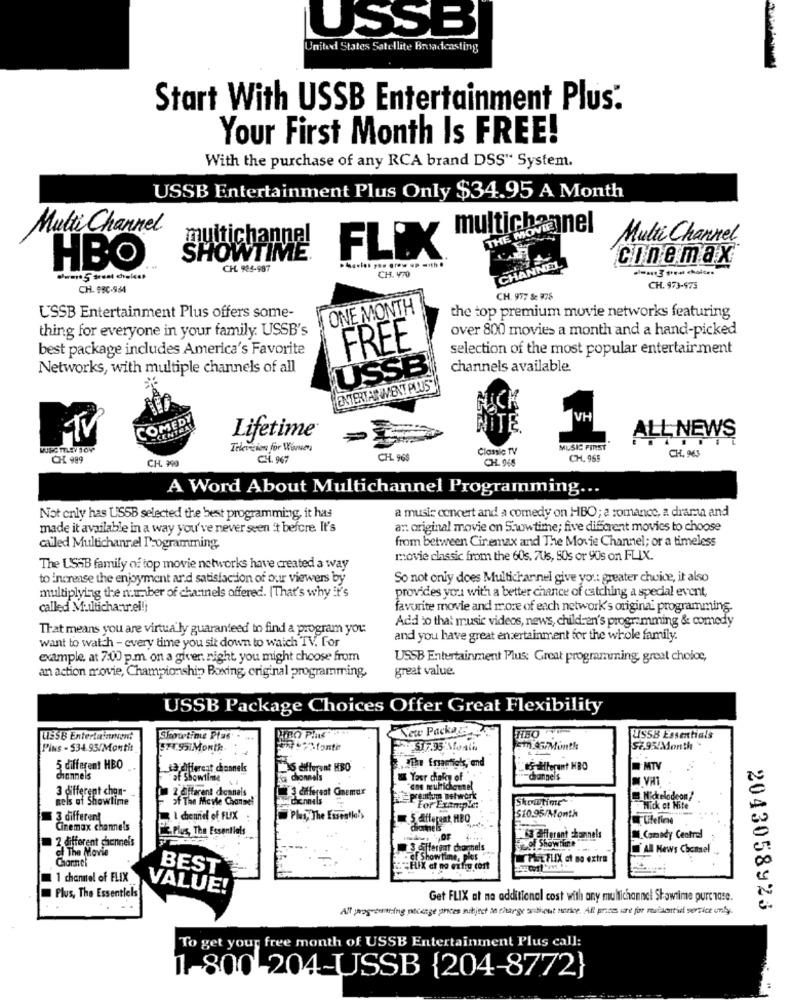
USSB
United States Satellite Broadcasting
Start With USSB Entertainment Plus.
Your First Month Is FREE!
With the purchase of any RCA brand DSS" System.
USSB Entertainment Plus Only $34.95 A Month
Multi Channel
multichannel
multichannel
Multi Channel
SHOWTIME
FLIX
CHANNEL
conemax
HBO
CH 985-987
was 3 s'est choices
durant S treat choices
CH. VIO
CH. 9BC-984
CH. 973-475
CH. 977 Se 978
ONE MONTH
the top premium movie networks featuring
USSB Entertainment Plus offers some-
thing for everyone in your family. USSB's
over 800 movies a month and a hand-picked
FREE
best package includes America's Favorite
selection of the most popular entertainment
Networks, with multiple channels of all
USSB
channels available.
ENTERTAINMENT PLUS
COMEDY
ÍTE
Lifetime
ALL NEWS
Television for Women
Clanic TV
MUSIC FIRST
CL 989
CH. 967
CH. 968
CH. 948
CH. 965
CH. 963
CH. 990
A Word About Multichannel Programming ...
Not only has US5B selected the best programming, it has
a music concert and a comedy on HBO; a romance, a drama and
made it available in a way you've never seen it before It's
an original movie on S.ww time; five different movies to choose
from between Cinemax and The Movie Channel; or a timeless
called Multichannel Programming
movie classic from the 60s. 7Us, 50s or 90s on FLIX.
The USAB family of top movie networks have created a way
to increase the enjoyment ard satisfaction of our viewers by
So not only does Multichannel give you: greater choice, it also
provides you with a better chance of catching a special event,
multiplying the number of channels offered. (That's why it's
called Muttichanur.el !!
favorite movie and more of each network's original programming.
Add to that music videos, news, children's programming & comedy
That means you are virtua ly guaranteed to find a program you
want to watch - every time you sit down to watch TV. For
and you have great entertainment for the whole family.
example, at 7:00 p.m. on a given night, you might choose from
USSB Entertainment Plus: Great programming, great choice,
great value.
an action movie, Championship Boxing, original programming,
USSB Package Choices Offer Great Flexibility
New Package
HBO VIN
USSB Entertainment
Showtinue Plas .
PRO PIE
USSB Essentials
Pins - $34.95/Month:
74.551Month.
Em AGFMonth
SE.95/Month
5 different HBO
sa different channels
MTV
channels
For Showtime
fia cionesls
Your choice of
channels
2 different dennais
LE different Cinemax
"one wulricheenel
nels of Showtime
3 different chan-
of The Movie Channel
ennels
premium network
Showtime
Nickelodeon?
MET For Example:
Nick of Nite
3 different
I chennie of FUIX
Plus, The Essentle's
S10.95/Month
Cinemax channels
Plus, The Essentials
2 different channels
of Showtime
*3 afferent tunnels
.Comedy Central
of The Movie
3 different channels.
AL Hews Chonsel
Charnel
of Show time, plus
PAL FLIX of no extra
BEST
1 channel of FLIX
Plus, The Essentiels
VALUE!
Get FLIX at na additional cost with any multichannel Showtime purchase.
All proyouaring pecaage prices subject be charge authent werke. All prices are for residentid service only.
2043058923
To get your free month of USSB Entertainment Plus call:
1 800 204-USSB {204-8772}